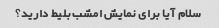
سلام آیا برای نمایش امشب بلیط دارید؟